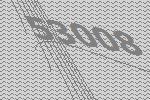
53008